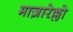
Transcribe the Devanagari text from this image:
माज़ारेल्लो